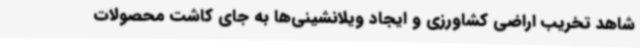
شاهد تخریب اراضی کشاورزی و ایجاد ویلانشینی‌ها به جای کاشت محصولات